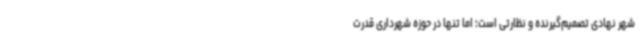
شهر نهادی تصمیم‌گیرنده و نظارتی است؛ اما تنها در حوزه شهرداری قدرت